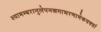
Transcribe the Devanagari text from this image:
श्यामम्बरानुलेपनस्रगाभरणामेकवक्त्रां